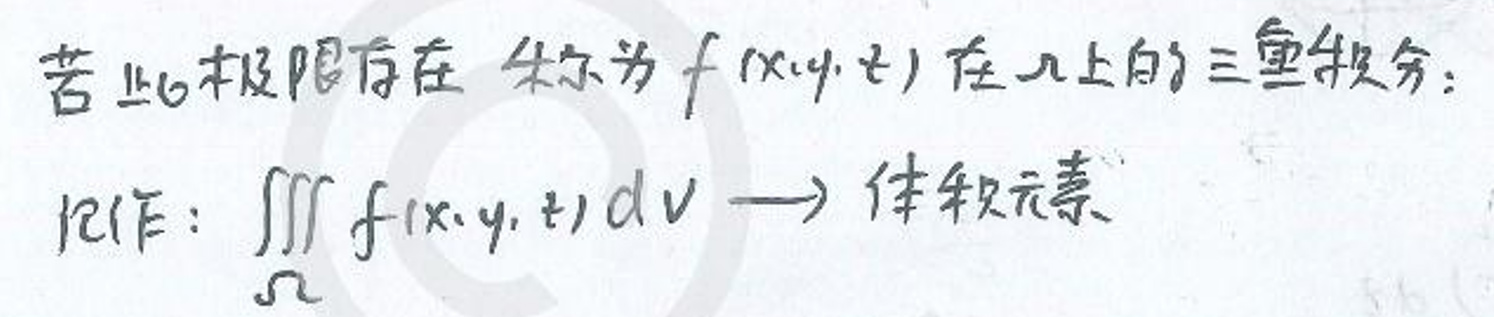
若此极限存在，称为\(f(x,y,z)\)在\(\Omega\)上的三重积分：

\[
\iiint_{\Omega} f(x,y,z)dv \to 体积元素
\]